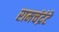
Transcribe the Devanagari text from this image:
रामचंद्रंटे